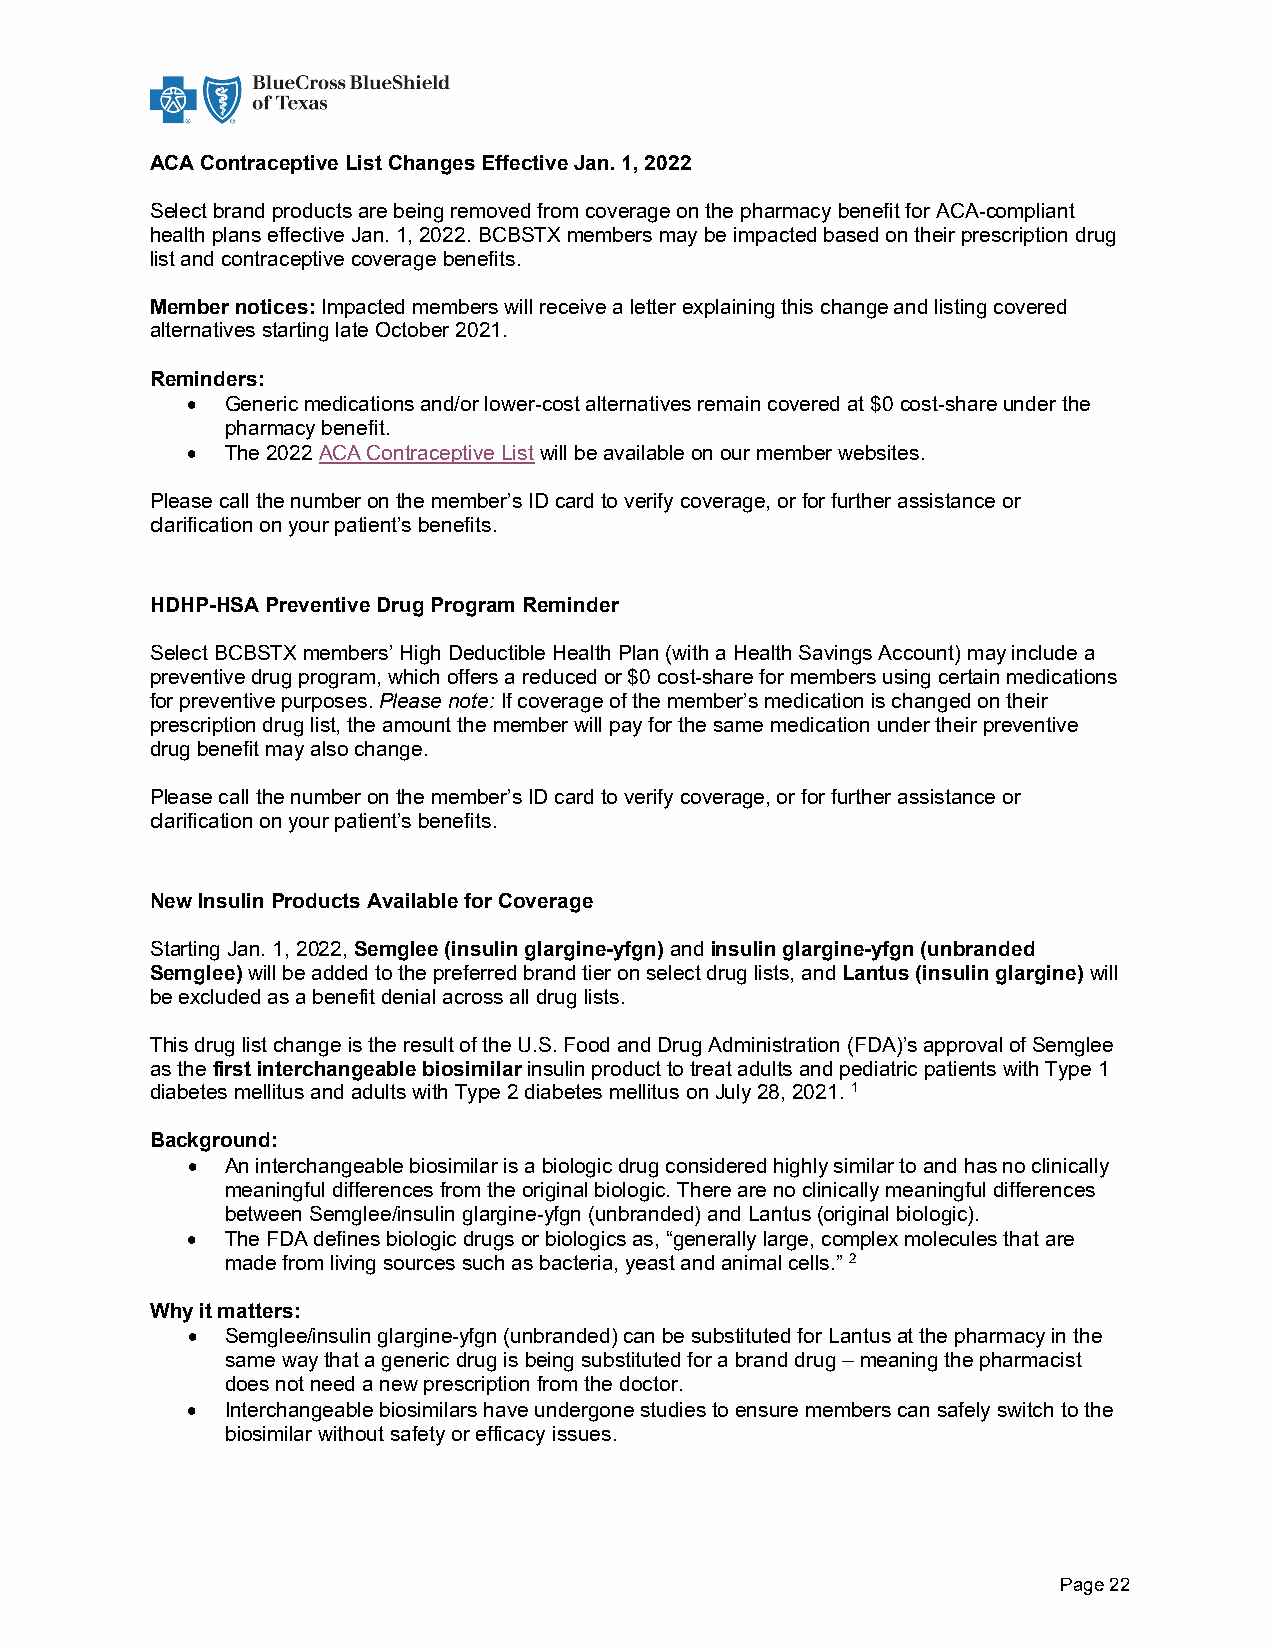
ACA Contraceptive List Changes Effective Jan. 1, 2022
 Select brand products are being removed from coverage on the pharmacy benefit for ACA-compliant
 health plans effective Jan. 1, 2022. BCBSTX members may be impacted based on their prescription drug
 list and contraceptive coverage benefits.
 Member notices: Impacted members will receive a letter explaining this change and listing covered
 alternatives starting late October 2021.
 Reminders:
 •  Generic medications and/or lower-cost alternatives remain covered at $0 cost-share under the
 pharmacy benefit.
 •  The 2022 ACA Contraceptive List will be available on our member websites.
 Please call the number on the member’s ID card to verify coverage, or for further assistance or
 clarification on your patient’s benefits.
 HDHP-HSA Preventive Drug Program Reminder
 Select BCBSTX members’ High Deductible Health Plan (with a Health Savings Account) may include a
 preventive drug program, which offers a reduced or $0 cost-share for members using certain medications
 for preventive purposes. Please note: If coverage of the member’s medication is changed on their
 prescription drug list, the amount the member will pay for the same medication under their preventive
 drug benefit may also change.
 Please call the number on the member’s ID card to verify coverage, or for further assistance or
 clarification on your patient’s benefits.
 New Insulin Products Available for Coverage
 Starting Jan. 1, 2022, Semglee (insulin glargine-yfgn) and insulin glargine-yfgn (unbranded
 Semglee) will be added to the preferred brand tier on select drug lists, and Lantus (insulin glargine) will
 be excluded as a benefit denial across all drug lists.
 This drug list change is the result of the U.S. Food and Drug Administration (FDA)’s approval of Semglee
 as the first interchangeable biosimilar insulin product to treat adults and pediatric patients with Type 1
 diabetes mellitus and adults with Type 2 diabetes mellitus on July 28, 2021. 1
 Background:
 •  An interchangeable biosimilar is a biologic drug considered highly similar to and has no clinically
 meaningful differences from the original biologic. There are no clinically meaningful differences
 between Semglee/insulin glargine-yfgn (unbranded) and Lantus (original biologic).
 •  The FDA defines biologic drugs or biologics as, “generally large, complex molecules that are
 made from living sources such as bacteria, yeast and animal cells.” 2
 Why it matters:
 •  Semglee/insulin glargine-yfgn (unbranded) can be substituted for Lantus at the pharmacy in the
 same way that a generic drug is being substituted for a brand drug – meaning the pharmacist
 does not need a new prescription from the doctor.
 •  Interchangeable biosimilars have undergone studies to ensure members can safely switch to the
 biosimilar without safety or efficacy issues.
 Page 22